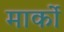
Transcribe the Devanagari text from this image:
मार्को